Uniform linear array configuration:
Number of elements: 64
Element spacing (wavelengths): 0.75
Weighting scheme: hamming
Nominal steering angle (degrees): -15
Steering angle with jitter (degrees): -13.899
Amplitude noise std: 0.05
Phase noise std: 0.05

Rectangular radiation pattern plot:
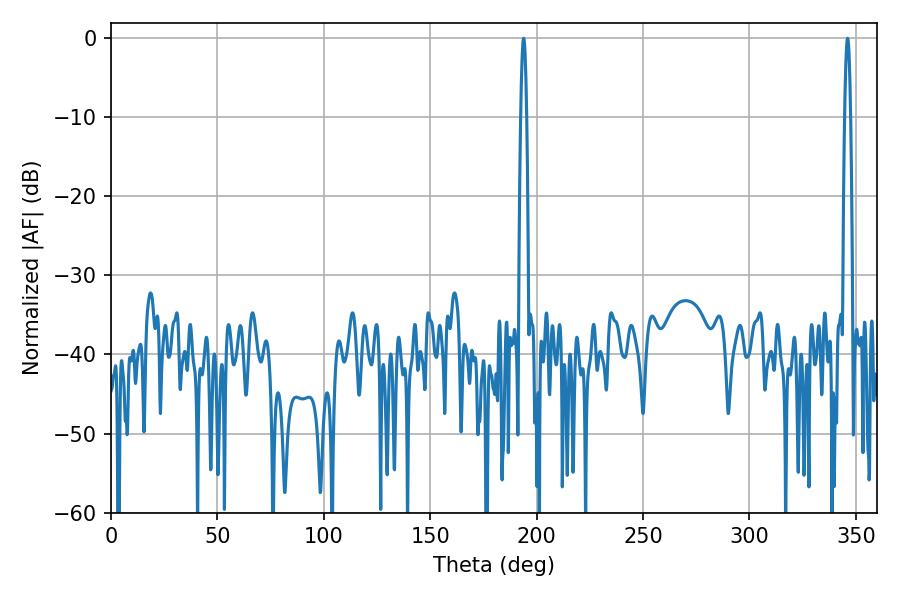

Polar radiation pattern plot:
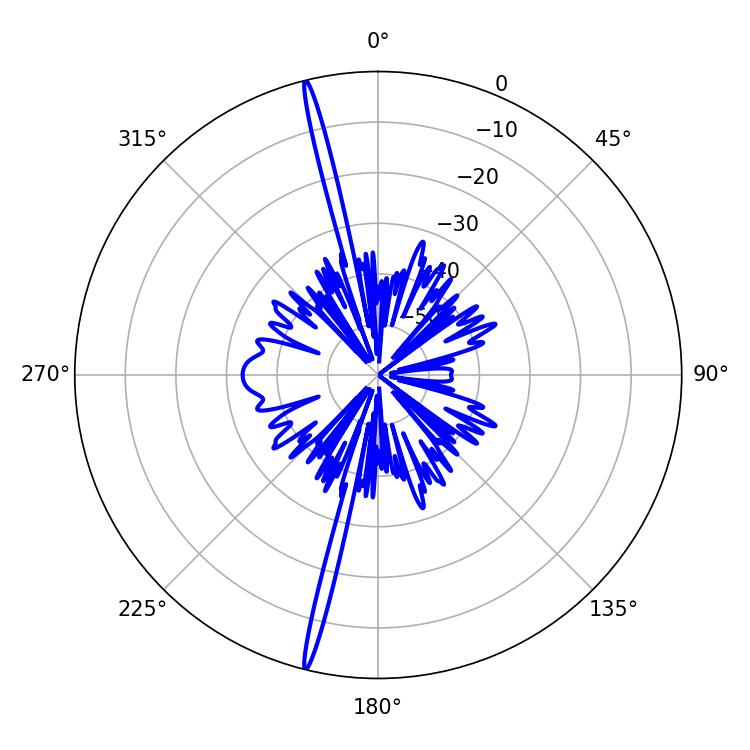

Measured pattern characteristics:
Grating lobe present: TRUE
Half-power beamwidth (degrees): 1.44
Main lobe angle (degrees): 346.14